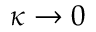
\kappa \rightarrow 0